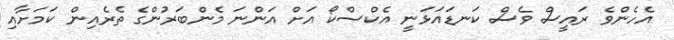
އެހެންވެ ރައީސް ވެސް ކަނޑައަޅަނީ އެކްސްކޯ އަށް އަންނަ މެންބަރުންގެ ތެރެއިން ކަމަށާއި